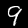
Digit: 9